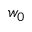
w _ { 0 }